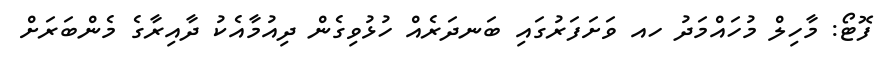
ފޮޓޯ: މާހިލް މުހައްމަދު ހއ ވަށަފަރުގައި ބަނދަރެއް ހުޅުވިގެން ދިއުމާއެކު ދާއިރާގެ މެންބަރަށް